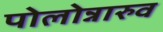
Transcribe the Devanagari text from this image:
पोलोन्नारुव